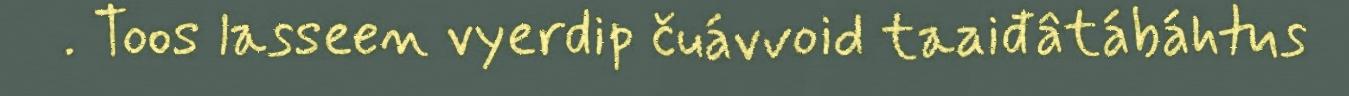
. Toos lasseen vyerdip čuávvoid taaiđâtábáhtus